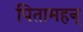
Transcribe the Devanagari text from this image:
पितामहन्